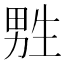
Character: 㽒